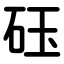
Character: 砡